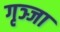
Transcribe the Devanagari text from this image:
गृञ्जा